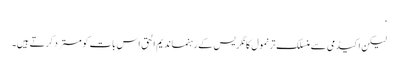
‘
لیکن اکیڈمی سے منسلک ترنمول کانگریس کے رہنما ندیم الحق اس بات کو مسترد کرتے ہیں۔